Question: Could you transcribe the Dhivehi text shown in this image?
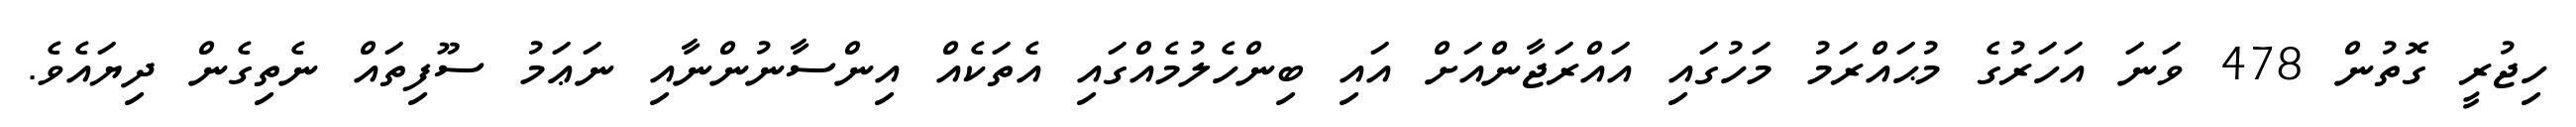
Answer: ހިޖުރީ ގޮތުން 478 ވަނަ އަހަރުގެ މުޙައްރަމު މަހުގައި އައްރަޖާންއަށް އައި ބިންހެލުމެއްގައި އެތަކެއް އިންސާނުންނާއި ނަޢަމު ސޫފިތައް ނެތިގެން ދިޔައެވެ.